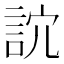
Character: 䛎